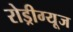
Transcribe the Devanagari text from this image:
रोड्रीग्यूज